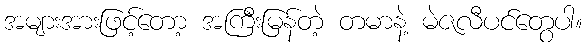
အများအားဖြင့်တော့ အကြီးမြန်တဲ့ တမာနဲ့ မဲဇလီပင်တွေပါ။